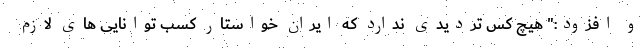
و افزود:" هیچ کس تردیدی ندارد که ایران خواستار کسب توانایی های لازم